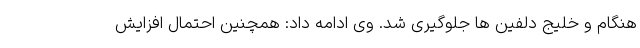
هنگام و خلیج دلفین ها جلوگیری شد. وی ادامه داد: همچنین احتمال افزایش